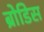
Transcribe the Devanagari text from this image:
ब्रोडिस